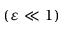
( \varepsilon \ll 1 )